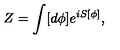
Z = \int [ d \phi ] e ^ { i S [ \phi ] } ,